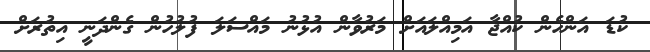
ކުޑަ އަންހެން ކުއްޖާ އަމިއްލައަށް މަރުވާން އުޅުނު މައްސަލަ ފުލުހުން ގެންދަނީ އިތުރަށް